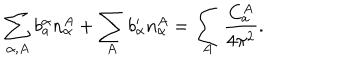
LaTeX: \sum _ { \alpha , A } b _ { a } ^ { \alpha } n _ { \alpha } ^ { A } + \sum _ { A } b _ { \alpha } ^ { \prime } n _ { \alpha } ^ { A } = \sum _ { A } { \frac { C _ { a } ^ { A } } { 4 \pi ^ { 2 } } } .